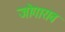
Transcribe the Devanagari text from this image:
जोगाराव